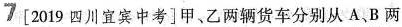
7[2019四川宜宾中考]甲、乙两辆货车分别从A、B两